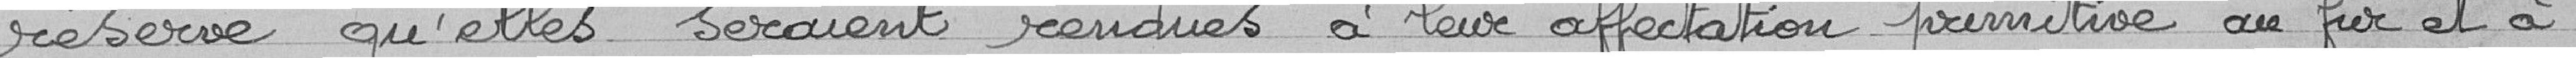
réserve qu'elles seraient rendues à leur affectation primitive au fur et à